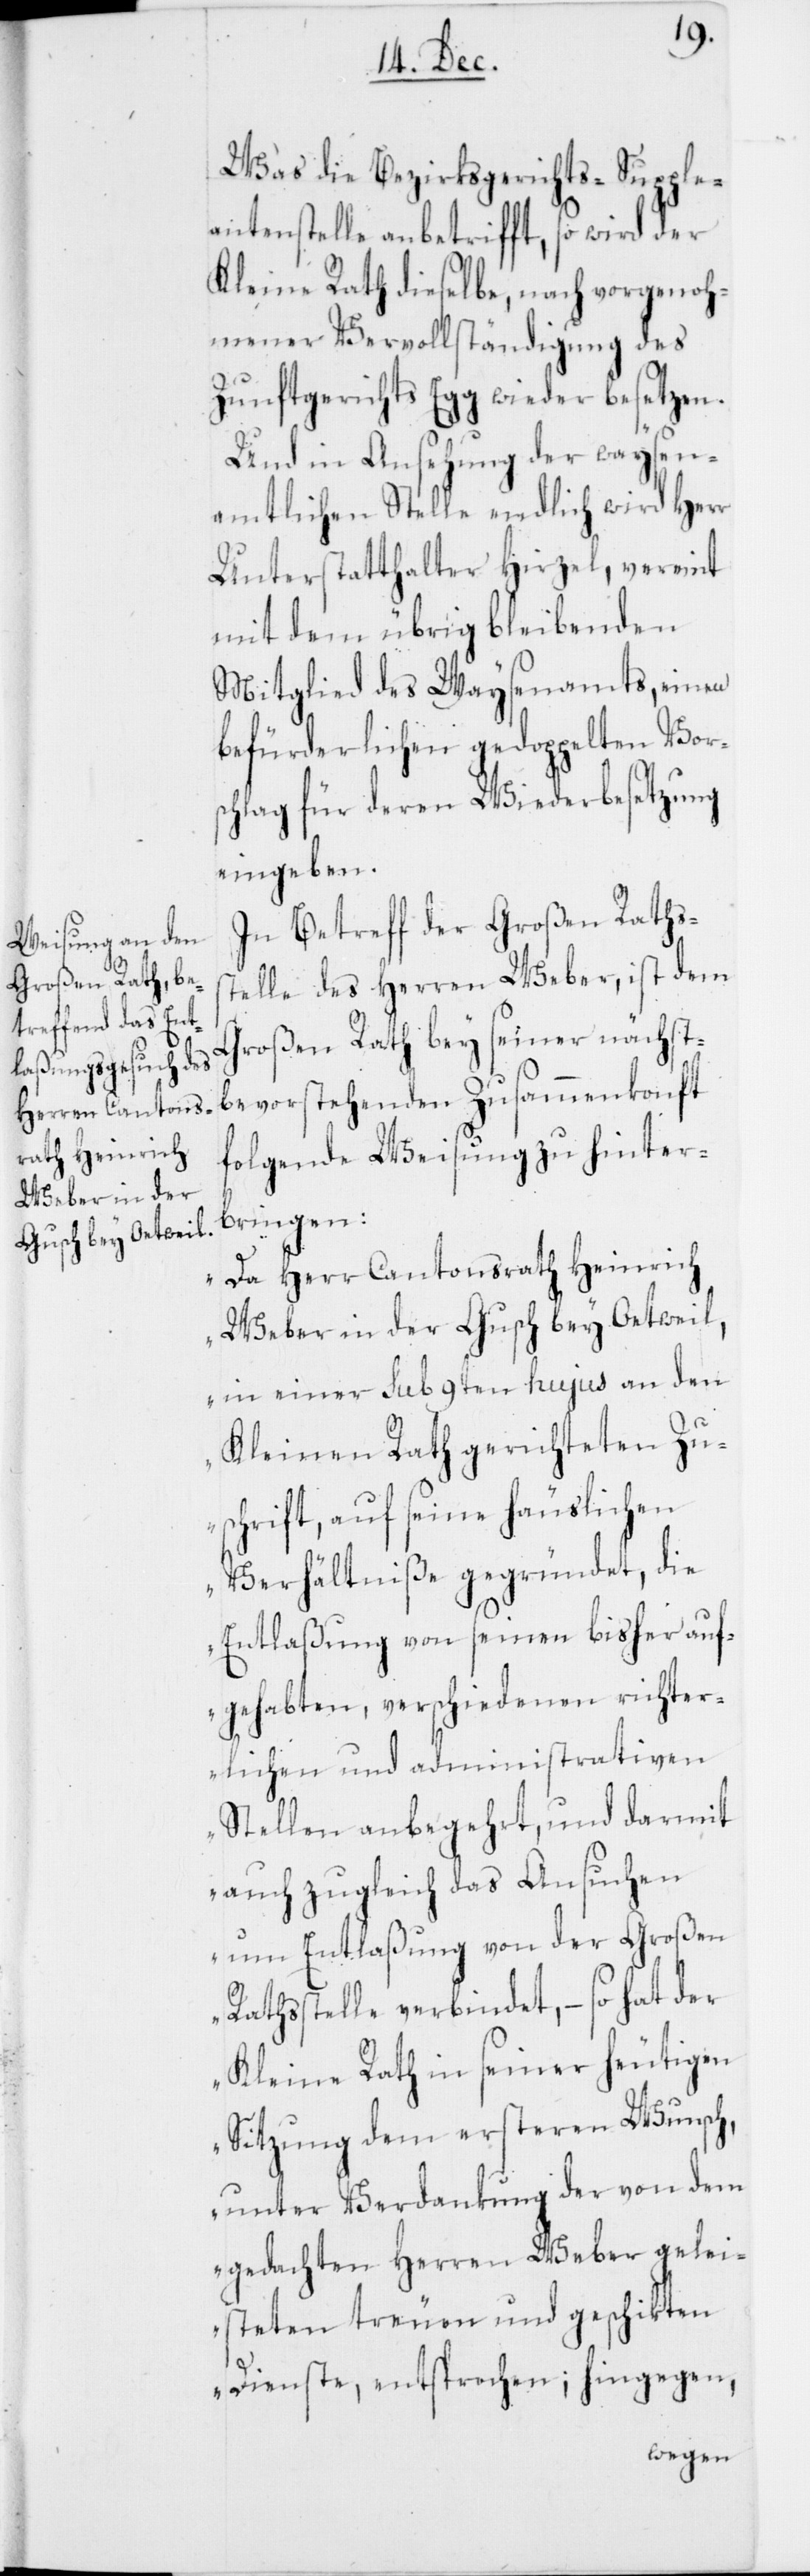
Was die Bezirksgerichts-Supple¬
antenstelle anbetrifft, so wird der
Kleine Rath dieselbe, nach vorgenoh¬
mener Vervollständigung des
Zunftgerichts Egg wieder besetzen.
Und in Ansehung der waysen¬
amtlichen Stelle endlich wird Herr
Unterstatthalter Hirzel, vereint
mit dem übrig bleibenden
Mitglied des Waysenamts, einen
befürderlichen gedoppelten Vor¬
schlag für deren Wiederbesetzung
eingeben.
In Betreff der Großen Raths¬
stelle des Herren Weber, ist dem
Großen Rath bey seiner nächst¬
bevorstehenden Zusammenkonft
folgende Weisung zu hinter¬
bringen:
„Da Herr Cantonsrath Heinrich
Weber in der Gusch bey Oetweil,
in einer sub 9ten hujus an den
Kleinen Rath gerichteten Zu¬
schrift, auf seine häuslichen
Verhältniße gegründet, die
Entlaßung von seinen bisher auf¬
gehabten, verschiedenen richter¬
lichen und administrativen
Stellen anbegehrt, und darmit
auch zugleich das Ansuchen
um Entlaßung von der Großen
Rathsstelle verbindet, – so hat der
Kleine Rath in seiner heutigen
Sitzung dem ersteren Wunsch,
unter Verdankung der von dem
gedachten Herren Weber gelei¬
steten treuen und geschikten
Dienste, entsprochen; hingegen,